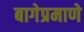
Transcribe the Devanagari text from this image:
बागेप्रमाणे